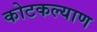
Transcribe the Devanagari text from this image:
कोटकल्याण